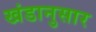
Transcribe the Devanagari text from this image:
खंडानुसार